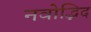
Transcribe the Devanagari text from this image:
नवोद्भिद